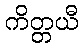
ကိတ္တယီ